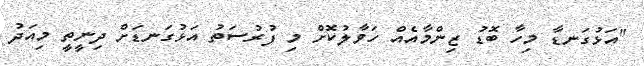
"އަޅުގަނޑާ މިހާ ބޮޑު ޒިންމާއެއް ހަވާލުކޮށް މި ފުރުސަތު އަޅުގަނޑަށް ދިނީތީ މިއަދު